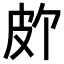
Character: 𪾆